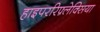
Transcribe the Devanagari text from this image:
हाइपररिफ़्लेक्सिया